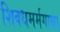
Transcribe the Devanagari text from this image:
शिवधमर्मगाथा